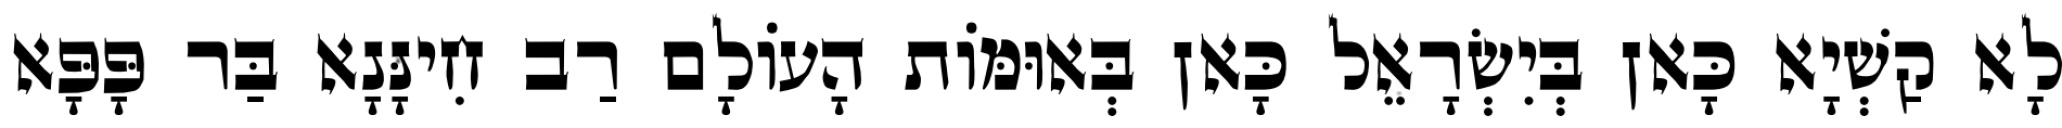
לָא קַשְׁיָא כָּאן בְּיִשְׂרָאֵל כָּאן בְּאוּמּוֹת הָעוֹלָם רַב חִינָּנָא בַּר פָּפָּא